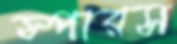
স্পারস